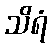
သိရံ